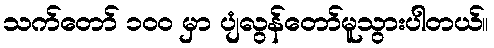
သက်တော် ၁ဝဝ မှာ ပျံလွန်တော်မူသွားပါတယ်။